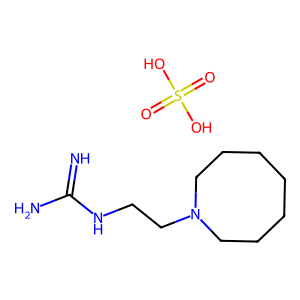
SMILES: N=C(N)NCCN1CCCCCCC1.O=S(=O)(O)O
Inhibits HIV replication: No